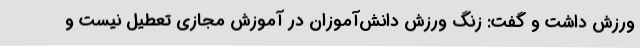
ورزش داشت و گفت: زنگ ورزش دانش‌آموزان در آموزش مجازی تعطیل نیست و